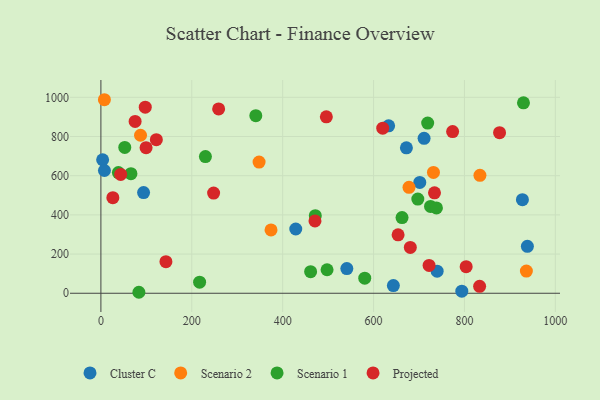
{"axis": {"x": "Investment", "y": "Salary"}, "legend": ["Cluster C", "Projected", "Scenario 1", "Scenario 2"], "data": [{"x": "633.2", "y": 854.7, "type": "Cluster C"}, {"x": "701.7", "y": 565.8, "type": "Cluster C"}, {"x": "643.6", "y": 39.3, "type": "Cluster C"}, {"x": "938.5", "y": 239.6, "type": "Cluster C"}, {"x": "711.2", "y": 790.5, "type": "Cluster C"}, {"x": "927.6", "y": 477.6, "type": "Cluster C"}, {"x": "794.2", "y": 10.7, "type": "Cluster C"}, {"x": "428.8", "y": 328.0, "type": "Cluster C"}, {"x": "541.2", "y": 126.0, "type": "Cluster C"}, {"x": "739.9", "y": 112.9, "type": "Cluster C"}, {"x": "672.3", "y": 742.2, "type": "Cluster C"}, {"x": "3.8", "y": 681.4, "type": "Cluster C"}, {"x": "93.9", "y": 514.0, "type": "Cluster C"}, {"x": "7.8", "y": 626.6, "type": "Cluster C"}, {"x": "374.4", "y": 323.0, "type": "Scenario 2"}, {"x": "834.1", "y": 601.7, "type": "Scenario 2"}, {"x": "7.7", "y": 987.7, "type": "Scenario 2"}, {"x": "678.0", "y": 540.4, "type": "Scenario 2"}, {"x": "731.8", "y": 616.9, "type": "Scenario 2"}, {"x": "348.1", "y": 669.3, "type": "Scenario 2"}, {"x": "936.3", "y": 113.3, "type": "Scenario 2"}, {"x": "87.2", "y": 806.4, "type": "Scenario 2"}, {"x": "662.7", "y": 386.2, "type": "Scenario 1"}, {"x": "66.1", "y": 610.5, "type": "Scenario 1"}, {"x": "580.6", "y": 77.1, "type": "Scenario 1"}, {"x": "725.4", "y": 442.9, "type": "Scenario 1"}, {"x": "929.9", "y": 972.1, "type": "Scenario 1"}, {"x": "461.5", "y": 110.3, "type": "Scenario 1"}, {"x": "719.1", "y": 868.5, "type": "Scenario 1"}, {"x": "697.4", "y": 480.8, "type": "Scenario 1"}, {"x": "38.5", "y": 615.9, "type": "Scenario 1"}, {"x": "83.6", "y": 5.0, "type": "Scenario 1"}, {"x": "217.2", "y": 56.5, "type": "Scenario 1"}, {"x": "738.4", "y": 435.7, "type": "Scenario 1"}, {"x": "52.5", "y": 744.4, "type": "Scenario 1"}, {"x": "230.0", "y": 697.7, "type": "Scenario 1"}, {"x": "471.8", "y": 395.7, "type": "Scenario 1"}, {"x": "340.9", "y": 906.3, "type": "Scenario 1"}, {"x": "497.7", "y": 119.9, "type": "Scenario 1"}, {"x": "833.4", "y": 35.3, "type": "Projected"}, {"x": "26.3", "y": 487.7, "type": "Projected"}, {"x": "722.2", "y": 141.8, "type": "Projected"}, {"x": "654.0", "y": 298.1, "type": "Projected"}, {"x": "259.1", "y": 940.7, "type": "Projected"}, {"x": "122.0", "y": 783.9, "type": "Projected"}, {"x": "877.3", "y": 819.3, "type": "Projected"}, {"x": "75.3", "y": 876.8, "type": "Projected"}, {"x": "774.0", "y": 825.2, "type": "Projected"}, {"x": "99.4", "y": 742.9, "type": "Projected"}, {"x": "496.1", "y": 900.3, "type": "Projected"}, {"x": "143.1", "y": 161.2, "type": "Projected"}, {"x": "471.1", "y": 368.9, "type": "Projected"}, {"x": "680.9", "y": 233.7, "type": "Projected"}, {"x": "734.1", "y": 512.3, "type": "Projected"}, {"x": "248.0", "y": 511.4, "type": "Projected"}, {"x": "620.2", "y": 842.5, "type": "Projected"}, {"x": "97.6", "y": 949.9, "type": "Projected"}, {"x": "803.8", "y": 135.6, "type": "Projected"}, {"x": "43.5", "y": 606.3, "type": "Projected"}]}